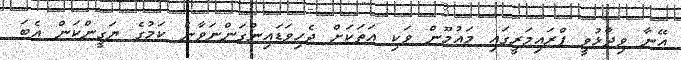
އޭނާ ވިދާޅުވީ ޕްރައިމަރީގައި މައުމޫން ވަކި އަތަކަށް ޖެހިވަޑައިނުގަންނަވާނެ ކަމުގެ ޔަގީންކަން އެބަ